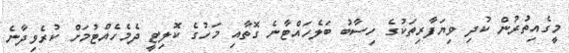
މީގެއިތުރުން ކުދި ވިޔަފާރިތަކުގެ ހިސާބު ބަލެހައްޓާނެ ގޮތާއި މަހުގެ ކޮލިޓީ ދެމެހެއްޓުމަށް ކުރެވިދާނެ